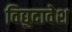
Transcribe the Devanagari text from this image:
विद्युदावेश